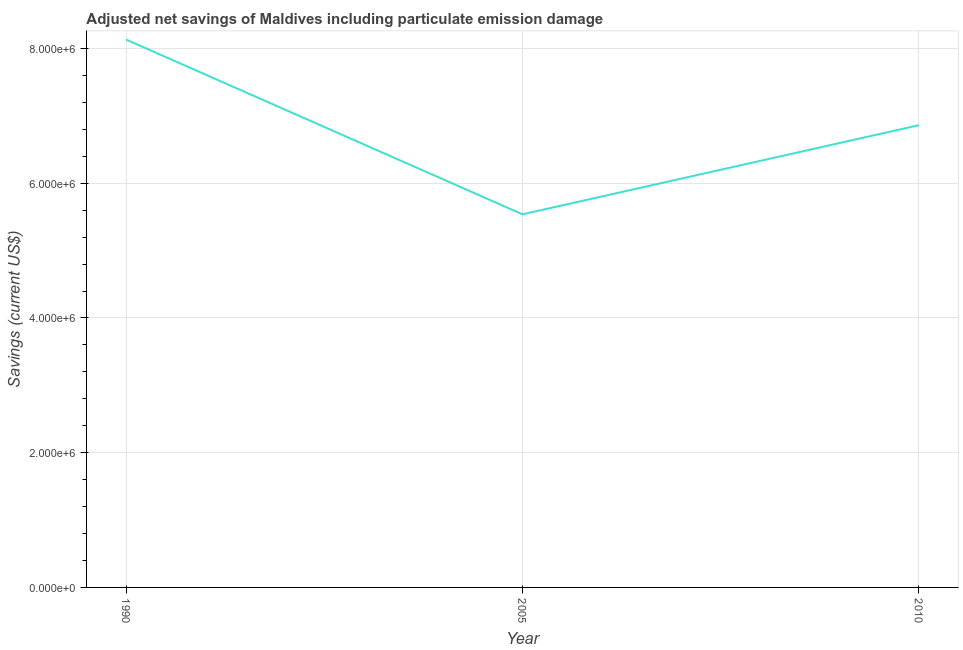
| Year | Adjusted savings: particulate emission damage (current US$) |
 | --- | --- |
 | 1990 | 8.13e+06 |
 | 2005 | 5.54e+06 |
 | 2010 | 6.86e+06 |